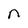
Character: n